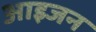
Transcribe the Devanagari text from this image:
आइजन